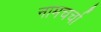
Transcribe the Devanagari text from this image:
नामचर्चा